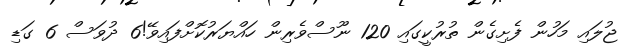
ޖުލައި މަހުން ފެށިގެން ތުރުކީގައި 120 ނޫސްވެރިން ހައްޔަރުކޮށްފައިވޭ!6 ދުވަސް 6 ގަޑި